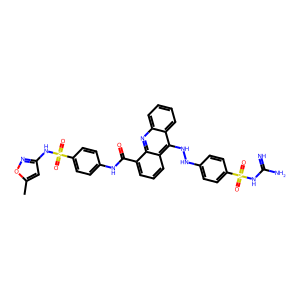
SMILES: Cc1cc(NS(=O)(=O)c2ccc(NC(=O)c3cccc4c(NNc5ccc(S(=O)(=O)NC(=N)N)cc5)c5ccccc5nc34)cc2)no1
Inhibits HIV replication: No